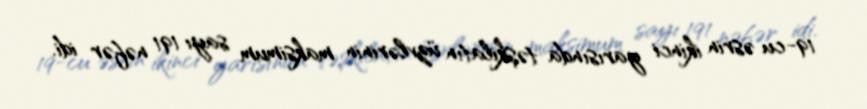
19-cu əsrin ikinci yarısında təşkilatın üzvlərinin maksimum sayı 191 nəfər idi.